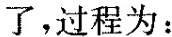
了，过程为：